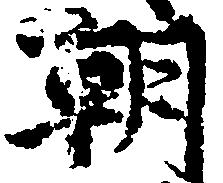
朝